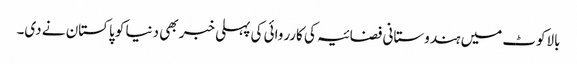
بالاکوٹ میں ہندوستانی فضائیہ کی کارروائی کی پہلی خبر بھی دنیا کو پاکستان نے دی۔